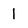
Character: 1